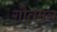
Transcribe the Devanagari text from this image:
गौतमन